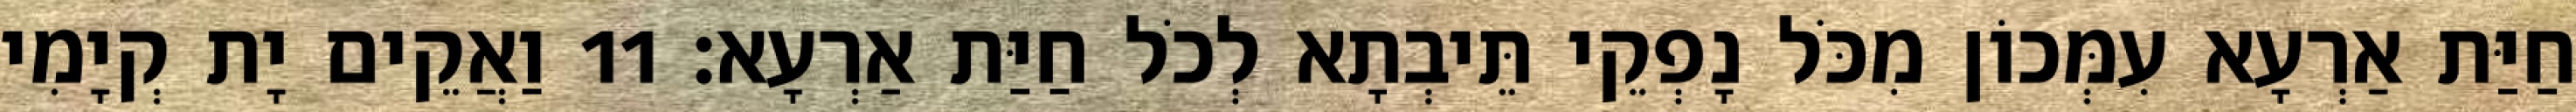
חַיַּת אַרְעָא עִמְּכוֹן מִכֹּל נָפְקֵי תֵּיבְתָא לְכֹל חַיַּת אַרְעָא׃ 11 וַאֲקֵים יָת קְיָמִי